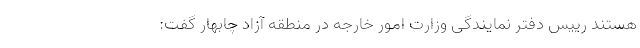
هستند رییس دفتر نمایندگی وزارت امور خارجه در منطقه آزاد چابهار گفت: